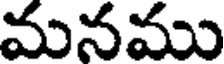
మనము